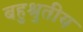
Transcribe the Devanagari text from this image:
बहुश्रुतीय